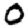
Digit: 0